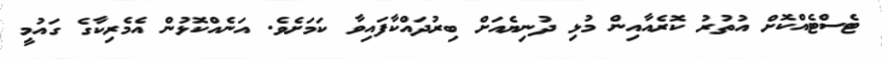
ޓެސްޓެއްކޮށް އުތުރު ކޮރެއާއިން މުޅި ދުނިޔެއަށް ބިރުދައްކާފައިވާ ކަމަށެވެ. އަނެއްކޮޅުން އެމެރިކާގެ ގައުމީ